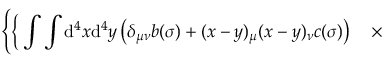
\Bigg \{ \bigg \{ \int \int \mathrm { d } ^ { 4 } x \mathrm { d } ^ { 4 } y \left( \delta _ { \mu \nu } b ( \sigma ) + ( x - y ) _ { \mu } ( x - y ) _ { \nu } c ( \sigma ) \right) \quad \times